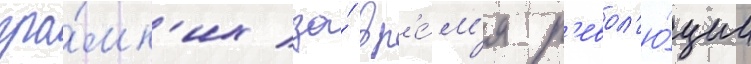
гро́мк'их за́ вр'е́м'я р'евол'ю́ции